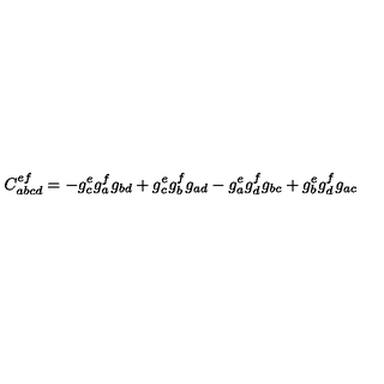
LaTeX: C _ { a b c d } ^ { e f } = - g _ { c } ^ { e } g _ { a } ^ { f } g _ { b d } + g _ { c } ^ { e } g _ { b } ^ { f } g _ { a d } - g _ { a } ^ { e } g _ { d } ^ { f } g _ { b c } + g _ { b } ^ { e } g _ { d } ^ { f } g _ { a c }